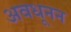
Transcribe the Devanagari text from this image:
अवधूनन